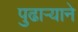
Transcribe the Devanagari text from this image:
पुढार्‍याने